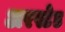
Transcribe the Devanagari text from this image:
अरस्टेड